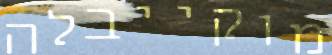
מוקייבלה